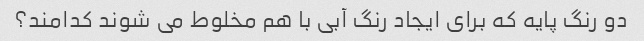
دو رنگ پایه که برای ایجاد رنگ آبی با هم مخلوط می شوند کدامند؟